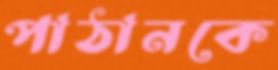
পাঠানকে